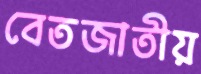
বেতজাতীয়